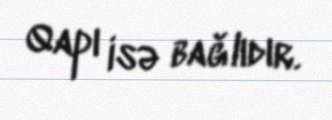
Qapı isə bağlıdır.